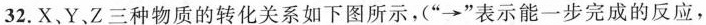
32.X、Y、Z三种物质的转化关系如下图所示，（”→”表示能一步完成的反应，